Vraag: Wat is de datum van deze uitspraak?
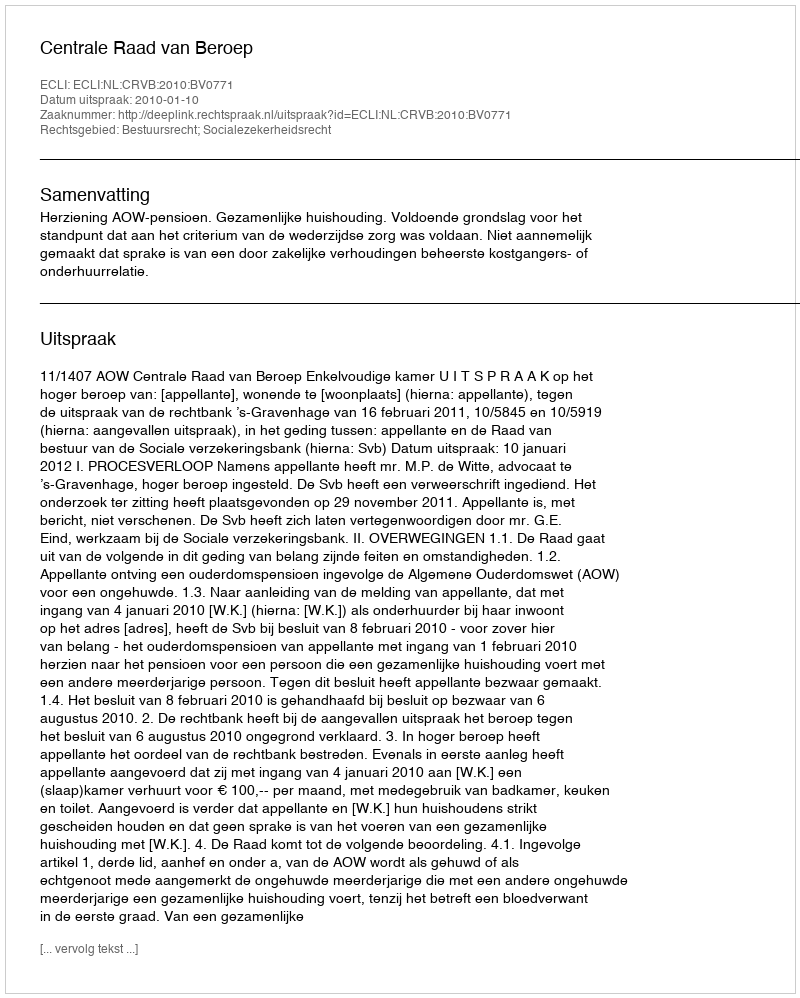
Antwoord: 2010-01-10